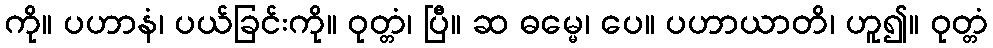
ကို။ ပဟာနံ၊ ပယ်ခြင်းကို။ ဝုတ္တံ၊ ပြီ။ ဆ ဓမ္မေ၊ ပေ။ ပဟာယာတိ၊ ဟူ၍။ ဝုတ္တံ